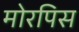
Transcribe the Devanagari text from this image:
मोरपिस